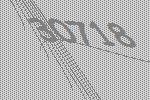
30718